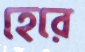
হেরে